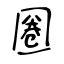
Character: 圈